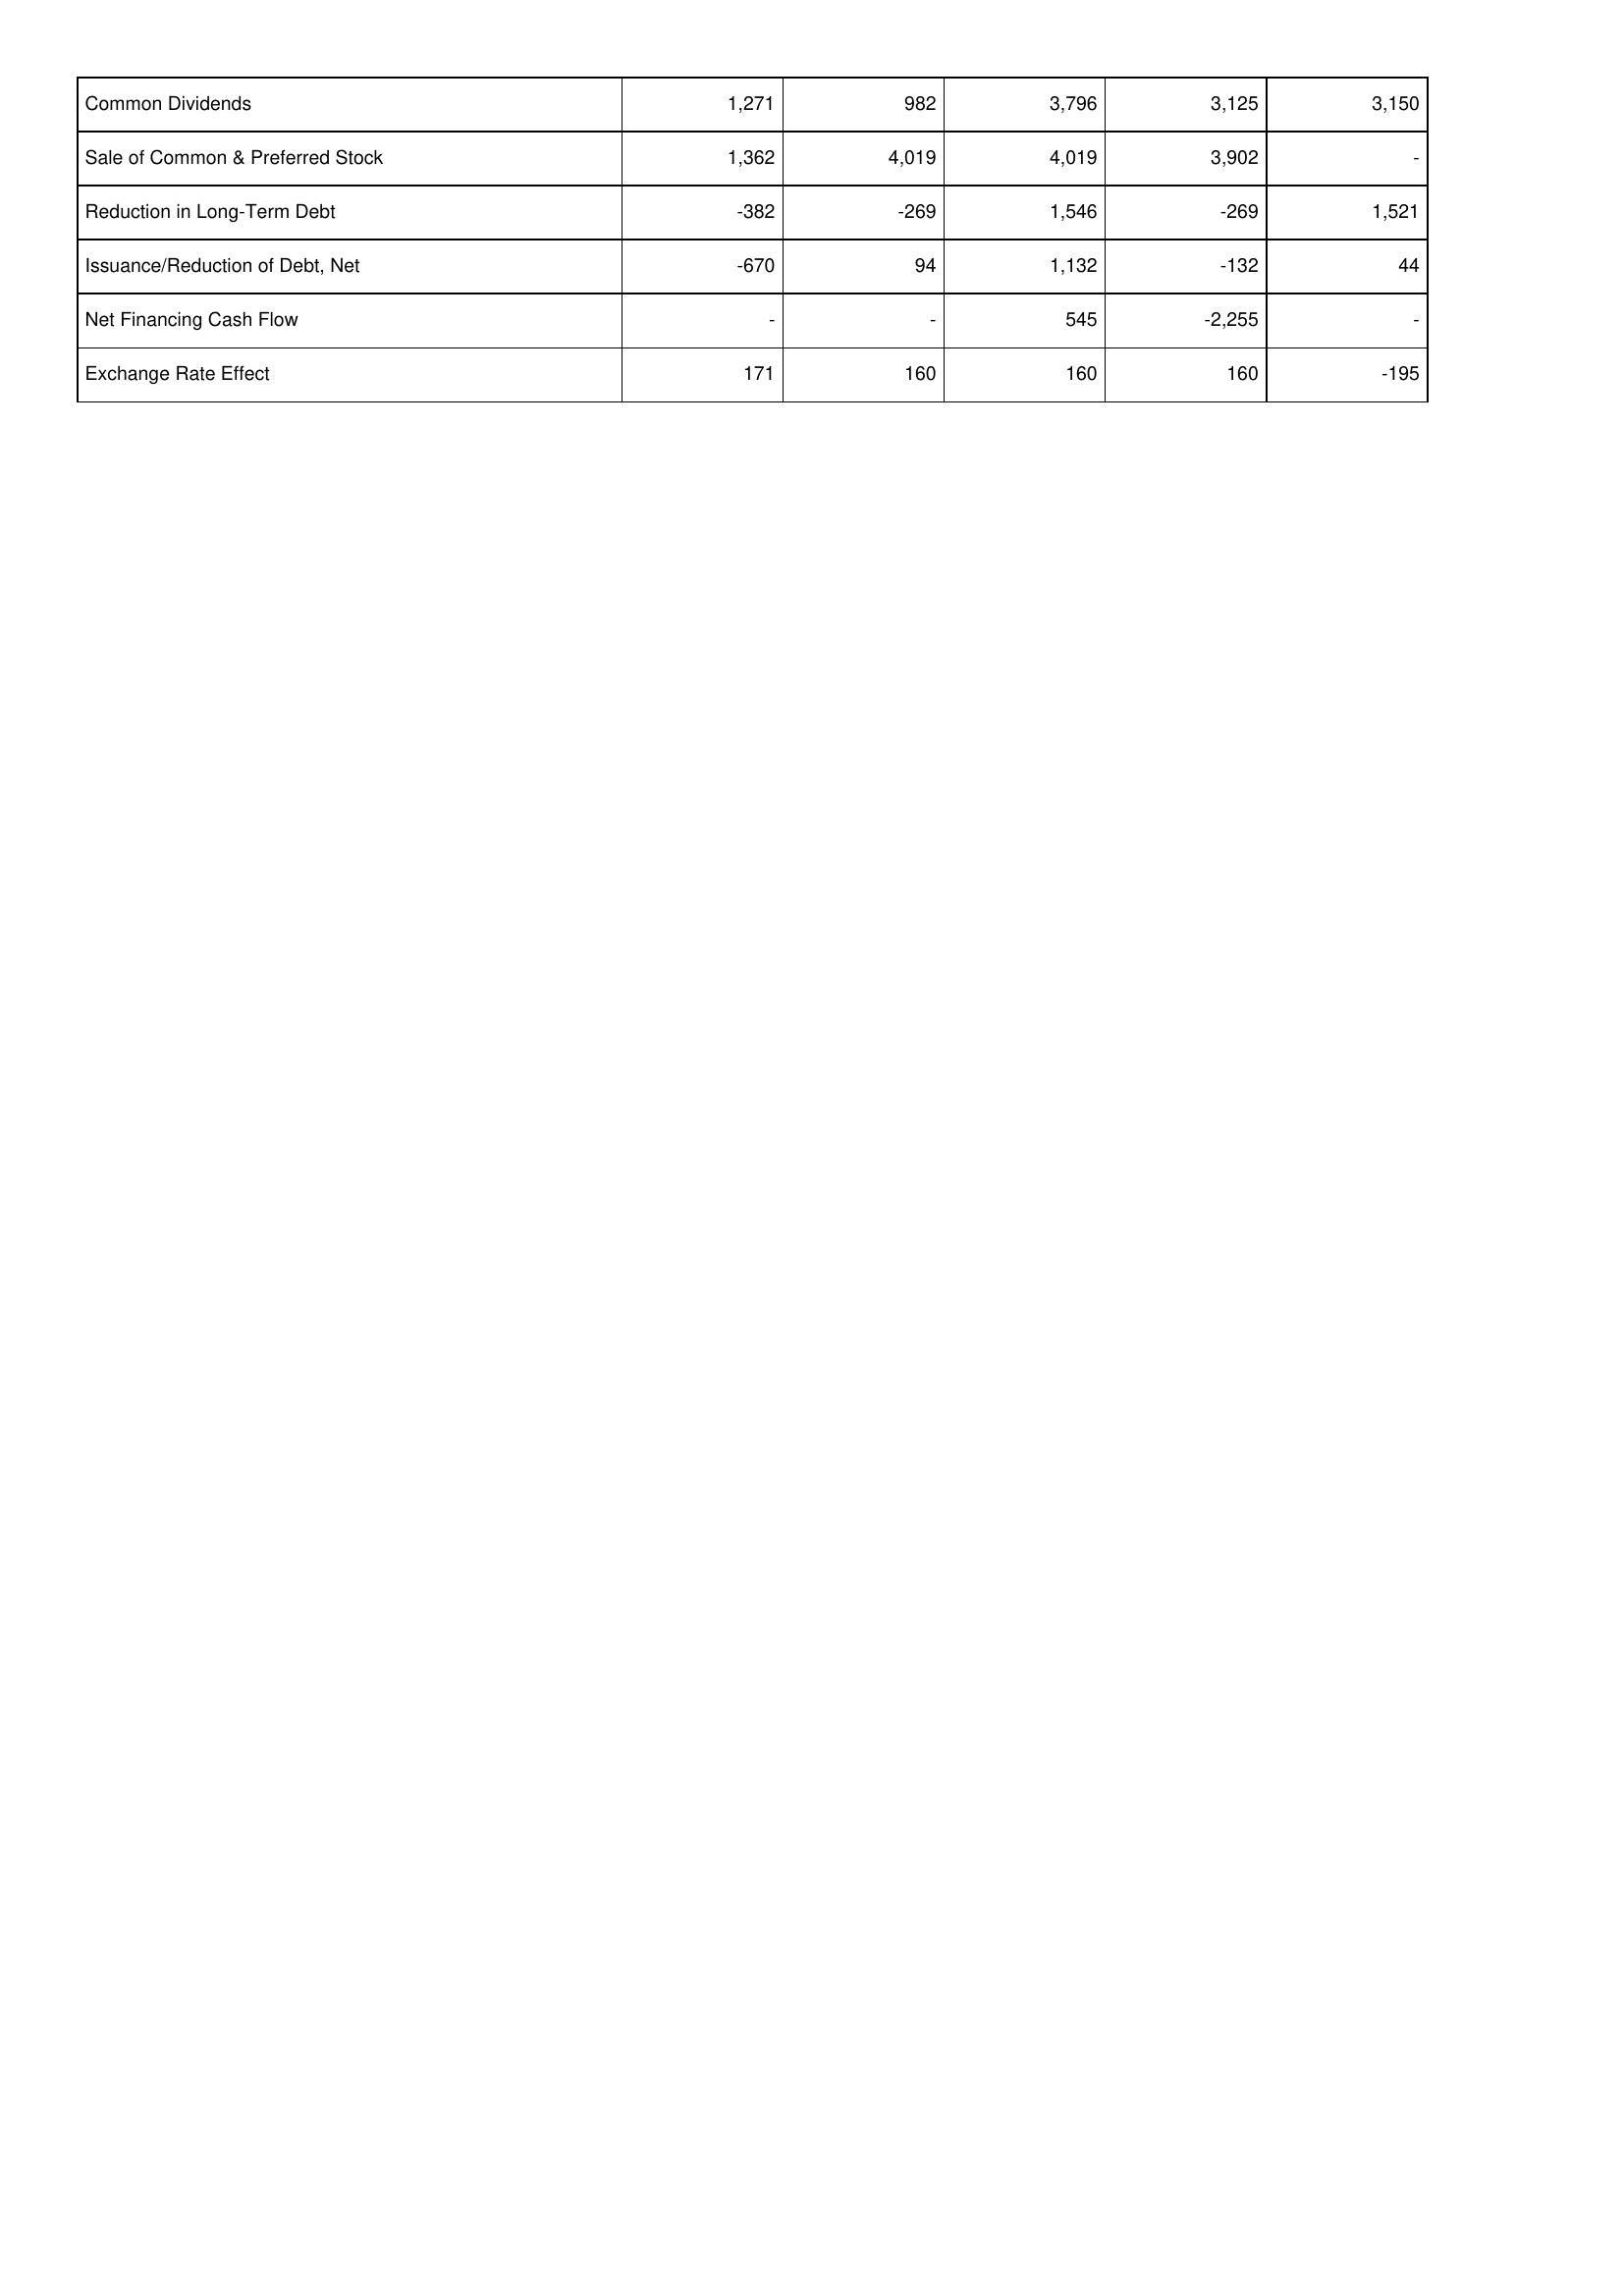
2005: Financing Activities: Common Dividends: 1,271
Sale of Common & Preferred Stock: 1,362
Reduction in Long-Term Debt: -382
Issuance/Reduction of Debt, Net: -670
Net Financing Cash Flow: -
Exchange Rate Effect: 171
2006: Financing Activities: Common Dividends: 982
Sale of Common & Preferred Stock: 4,019
Reduction in Long-Term Debt: -269
Issuance/Reduction of Debt, Net: 94
Net Financing Cash Flow: -
Exchange Rate Effect: 160
2007: Financing Activities: Common Dividends: 3,796
Sale of Common & Preferred Stock: 4,019
Reduction in Long-Term Debt: 1,546
Issuance/Reduction of Debt, Net: 1,132
Net Financing Cash Flow: 545
Exchange Rate Effect: 160
2008: Financing Activities: Common Dividends: 3,125
Sale of Common & Preferred Stock: 3,902
Reduction in Long-Term Debt: -269
Issuance/Reduction of Debt, Net: -132
Net Financing Cash Flow: -2,255
Exchange Rate Effect: 160
2009: Financing Activities: Common Dividends: 3,150
Sale of Common & Preferred Stock: -
Reduction in Long-Term Debt: 1,521
Issuance/Reduction of Debt, Net: 44
Net Financing Cash Flow: -
Exchange Rate Effect: -195